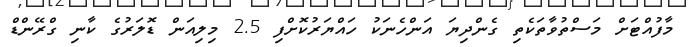
މާފުއްޓަށް މަސްތުވާތަކެތި ގެންދިޔަ އަންހެނަކު ހައްޔަރުކޮށްފި 2.5 މިލިއަން ޑޮލަރުގެ ކާނި ގްރޭންޑް